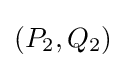
(P_{2},Q_{2})